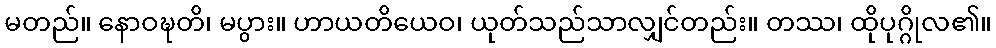
မတည်။ နောဝဍ္ဎတိ၊ မပွား။ ဟာယတိယေဝ၊ ယုတ်သည်သာလျှင်တည်း။ တဿ၊ ထိုပုဂ္ဂိုလ၏။